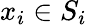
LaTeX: x_{i}\in S_{i}